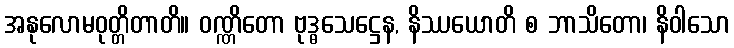
အနုလောမဝုတ္တိတာတိ။ ဝဏ္ဏိတော ဗုဒ္ဓသေဋ္ဌေန, နိဿယောတိ စ ဘာသိတော၊ နိဝါသော